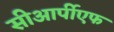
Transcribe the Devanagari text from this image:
सीआर्पीएफ